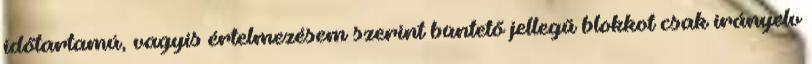
időtartamú, vagyis értelmezésem szerint büntető jellegű blokkot csak irányelv